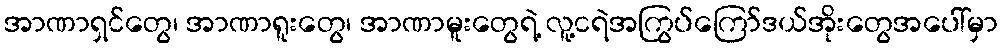
အာဏာရှင်တွေ၊ အာဏာရူးတွေ၊ အာဏာမူးတွေရဲ့ လူ့ငရဲအကြွပ်ကြော်ဒယ်အိုးတွေအပေါ်မှာ